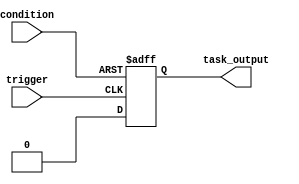
module generate_task_block (
    input wire trigger,
    input wire condition,
    output wire task_output
);

reg internal_signal;

always @ (posedge trigger or posedge condition)
begin
    if (condition)
    begin
        // Task generation logic
        internal_signal <= 1;
    end
    else if (trigger)
    begin
        // Task execution logic
        internal_signal <= 0;
    end
end

assign task_output = internal_signal;

endmodule